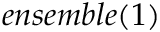
e n s e m b l e ( 1 )